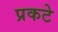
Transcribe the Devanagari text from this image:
प्रकटे